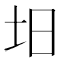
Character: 𡉭